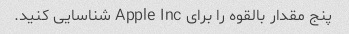
پنج مقدار بالقوه را برای Apple Inc شناسایی کنید.